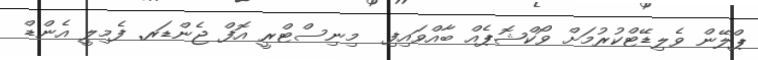
ޕްލޭން ވެލިޑޭޓްކުރުމަށް ވޯކްޝޮޕެއް ބާއްވައިފި  މިނިސްޓްރީ އޮފް ޖެންޑަރ